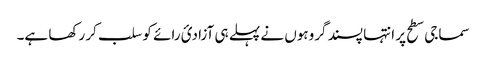
سماجی سطح پر انتہا پسند گروہوں نے پہلے ہی آزادیٔ رائے کو سلب کر رکھا ہے۔